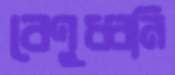
বেণুধ্বনি